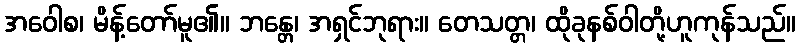
အဝေါစ၊ မိန့်တော်မူ၏။ ဘန္တေ၊ အရှင်ဘုရား။ တေသတ္တ၊ ထိုခုနစ်ဝါတို့ဟူကုန်သည်။